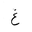
Letter: _gayn